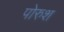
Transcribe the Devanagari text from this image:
पोरुश